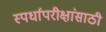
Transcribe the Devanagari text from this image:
स्पर्धापरीक्षांसाठी